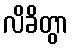
လိခိတွာ